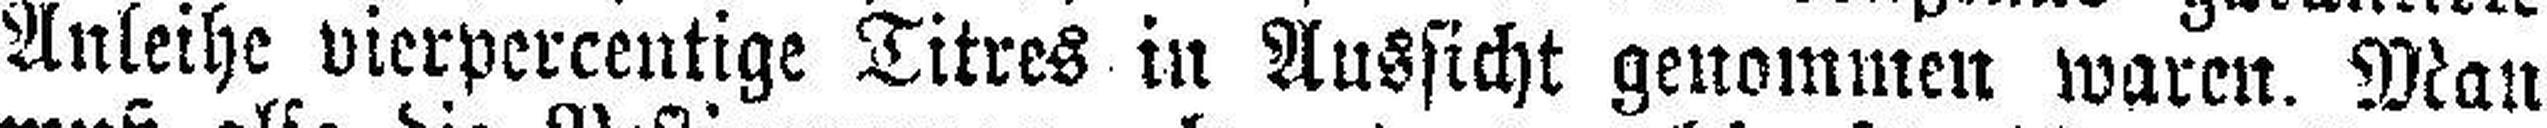
Anleihe vierpercentige Titres in Aussicht genommen waren. Man